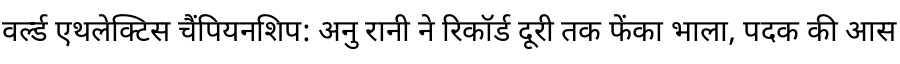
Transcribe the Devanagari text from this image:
वर्ल्ड एथलेक्टिस चैंपियनशिप: अनु रानी ने रिकॉर्ड दूरी तक फेंका भाला, पदक की आस